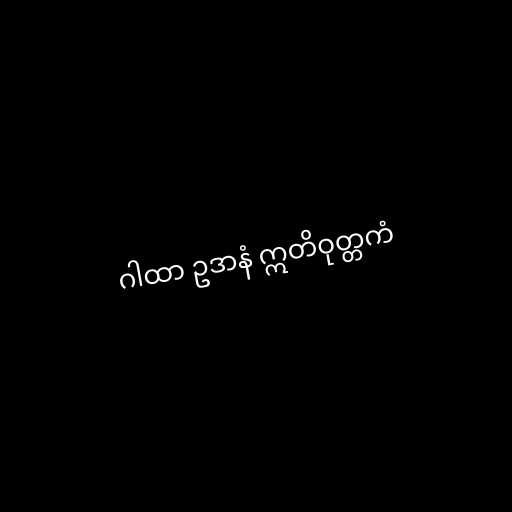
ဂါထာ ဥဒာနံ ဣတိဝုတ္တကံ